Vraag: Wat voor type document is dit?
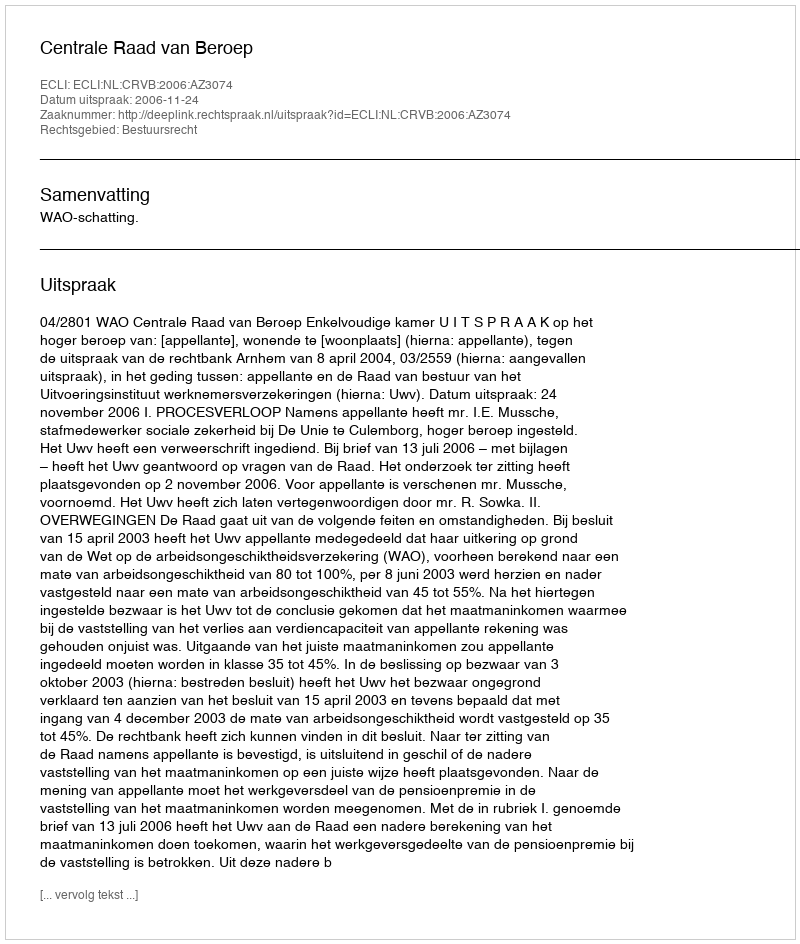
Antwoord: Uitspraak